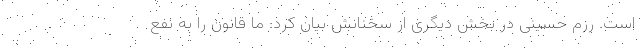
است. رزم حسینی در بخش دیگری از سخنانش بیان کرد: ما قانون را به نفع